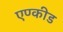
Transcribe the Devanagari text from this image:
एण्कीड